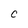
Character: 0